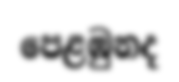
පෙළඹුනද